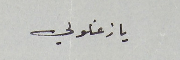
يا زغلولي